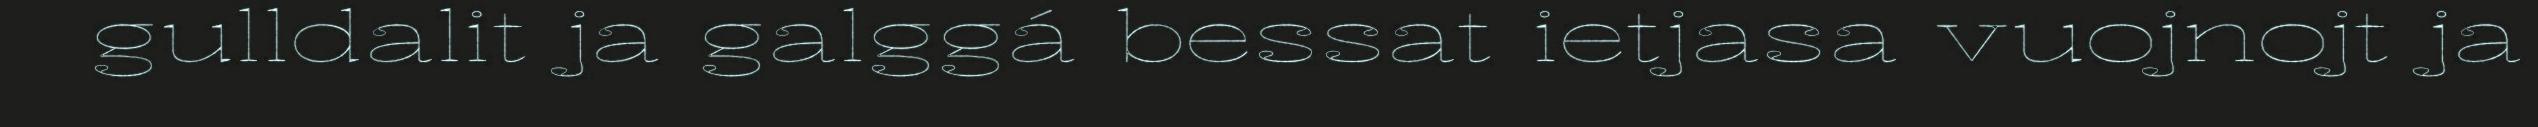
gulldalit ja galggá bessat ietjasa vuojnojt ja